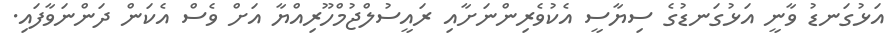
އަޅުގަނޑު ވާނީ އަޅުގަނޑުގެ ސިޔާސީ އެކުވެރިންނަށާއި ރައީސުލްޖުމްހޫރިއްޔާ އަށް ވެސް އެކަން ދަންނަވާފައި.